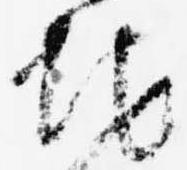
地